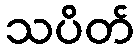
သပိတ်